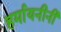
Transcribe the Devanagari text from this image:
हर्मायनीनी